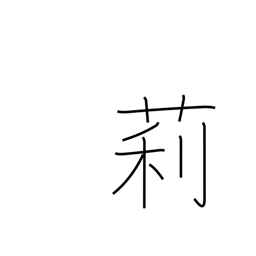
Meaning: jasmine